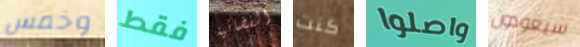
وخمس فقط الفضائية كنت واصلوا سيعودون